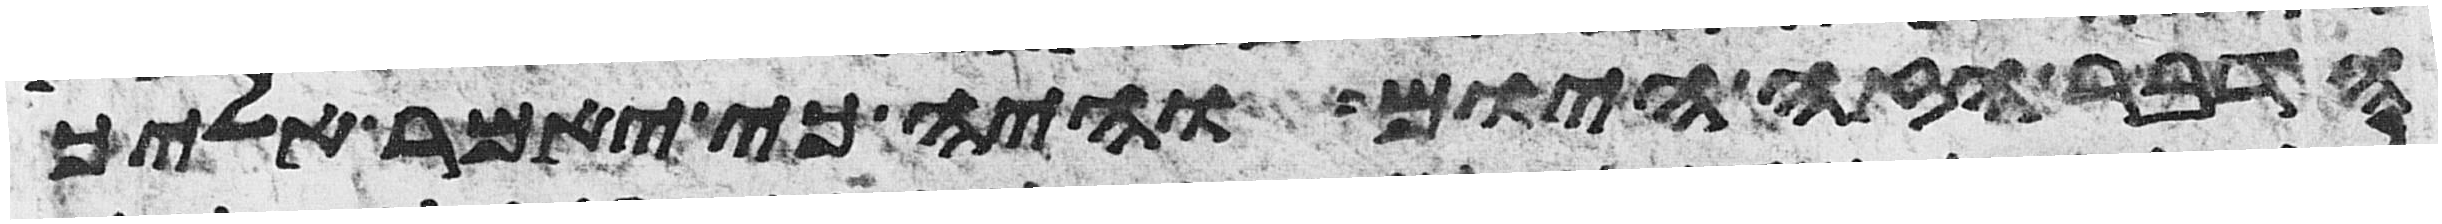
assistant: הדבר הזה היום והיה כי יאמר אליך